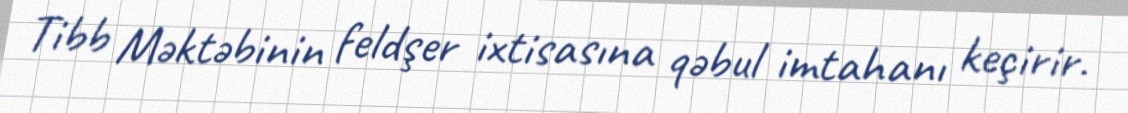
Tibb Məktəbinin feldşer ixtisasına qəbul imtahanı keçirir.